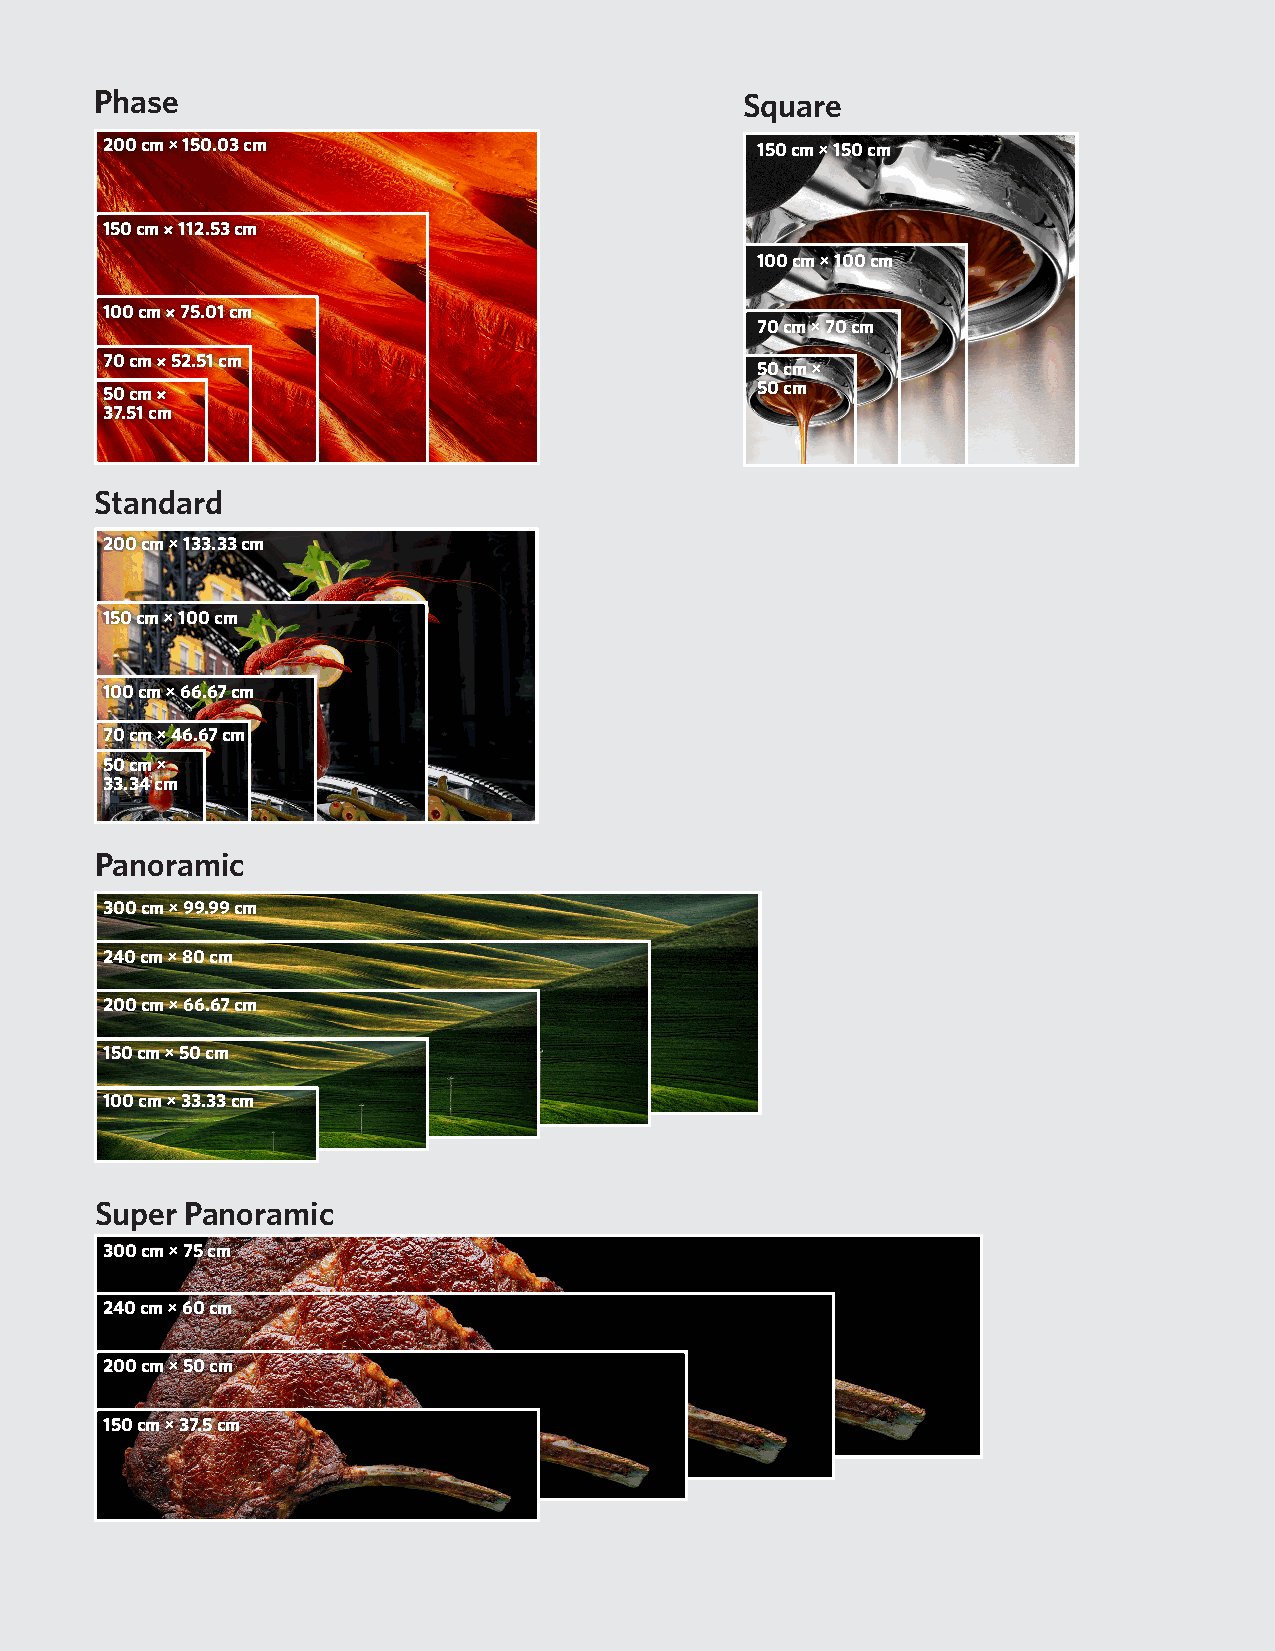
Phase                                      Square
 200 cm × 150.03 cm                         150 cm × 150 cm
 150 cm × 112.53 cm
 100 cm × 100 cm
 100 cm × 75.01 cm
 70 cm × 70 cm
 70 cm × 52.51 cm
 50 cm ×
 50 cm
 50 cm ×
 37.51 cm
 Standard
 200 cm × 133.33 cm
 150 cm × 100 cm
 100 cm × 66.67 cm
 70 cm × 46.67 cm
 50 cm ×
 33.34 cm
 Panoramic
 300 cm × 99.99 cm
 240 cm × 80 cm
 200 cm × 66.67 cm
 150 cm × 50 cm
 100 cm × 33.33 cm
 Super Panoramic
 300 cm × 75 cm
 240 cm × 60 cm
 200 cm × 50 cm
 150 cm × 37.5 cm